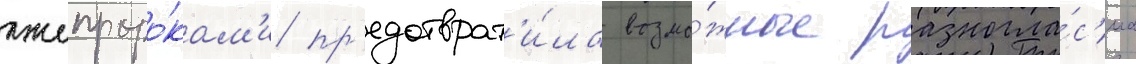
лжепроро́кам'и пр'едотврат'и́ла возмо́жные разногла́с'иа